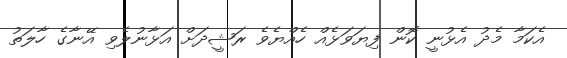
އެކަމާ މެދު އެޅުނީ ކޮން ފިޔަވަޅެއް ހެއްޔެވެ ރަޝީދަށް އަޅާނުލެވި އޭނާގެ ހާލަތު